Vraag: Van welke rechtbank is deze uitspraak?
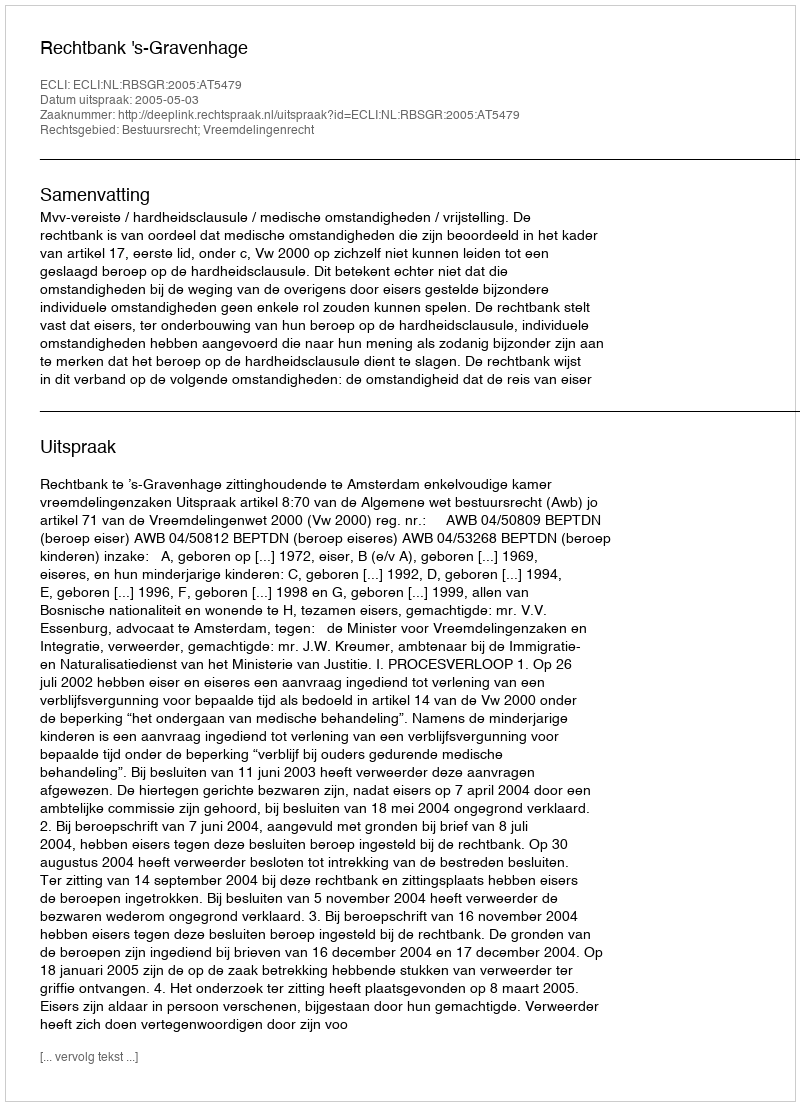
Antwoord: Rechtbank 's-Gravenhage